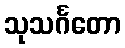
သုသင်္ဂတော